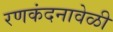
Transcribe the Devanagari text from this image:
रणकंदनावेळी